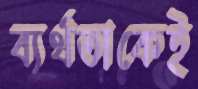
ব্যর্থতাকেই